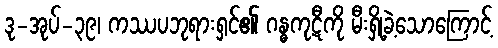
ဒု-အုပ်-၃၉၊ ကဿပဘုရားရှင်၏ ဂန္ဓကုဋီကို မီးရှို့ခဲ့သောကြောင့်